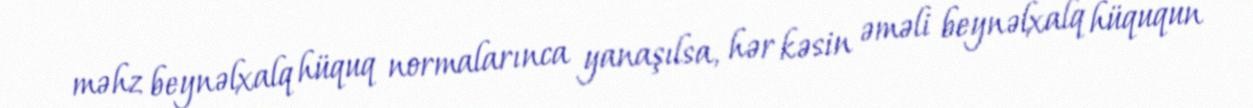
məhz beynəlxalq hüquq normalarınca yanaşılsa, hər kəsin əməli beynəlxalq hüququn